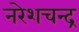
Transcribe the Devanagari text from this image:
नरेशचन्द्र